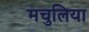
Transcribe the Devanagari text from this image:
मचुलिया